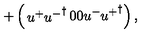
+ \left( \begin{matrix} { u ^ { + } { u ^ { - } } ^ { \dagger } } & { } & { 0 } \\ { 0 } & { } & { u ^ { - } { u ^ { + } } ^ { \dagger } } \\ \end{matrix} \right) ,